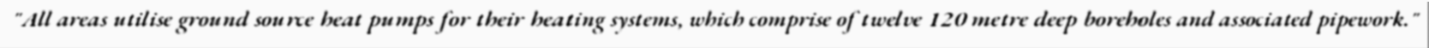
"All areas utilise ground source heat pumps for their heating systems, which comprise of twelve 120 metre deep boreholes and associated pipework."